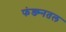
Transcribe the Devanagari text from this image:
फंड्म्नतल